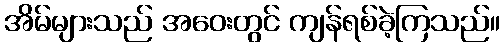
အိမ်များသည် အဝေးတွင် ကျန်ရစ်ခဲ့ကြသည်။